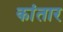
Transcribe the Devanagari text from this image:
कांतार